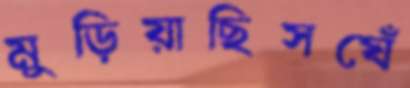
মুড়িয়াছিসঘেঁ